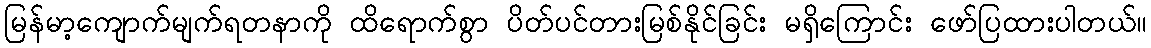
မြန်မာ့ကျောက်မျက်ရတနာကို ထိရောက်စွာ ပိတ်ပင်တားမြစ်နိုင်ခြင်း မရှိကြောင်း ဖော်ပြထားပါတယ်။